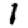
Digit: 1